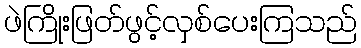
ဖဲကြိုးဖြတ်ဖွင့်လှစ်ပေးကြသည်